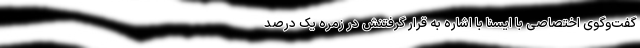
گفت‌وگوی اختصاصی با ایسنا با اشاره به قرار گرفتنش در زمره یک درصد